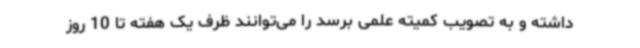
داشته و به تصویب کمیته علمی برسد را می‌توانند ظرف یک هفته تا 10 روز